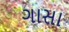
ગાસા